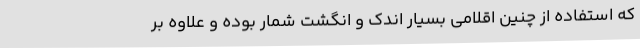
که استفاده از چنین اقلامی بسیار اندک و انگشت شمار بوده و علاوه بر